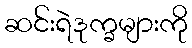
ဆင်းရဲဒုက္ခများကို